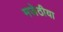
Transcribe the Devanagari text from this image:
मजेठीया